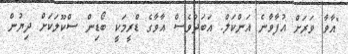
"އާވާ ވަރަށް އުފާވާނެ އަންކަލް. އަބަދުވެސް އާވާގެ ޑްރީމަކީ ބޯޑިން ސްކޫލަކަށް ދިޔުން